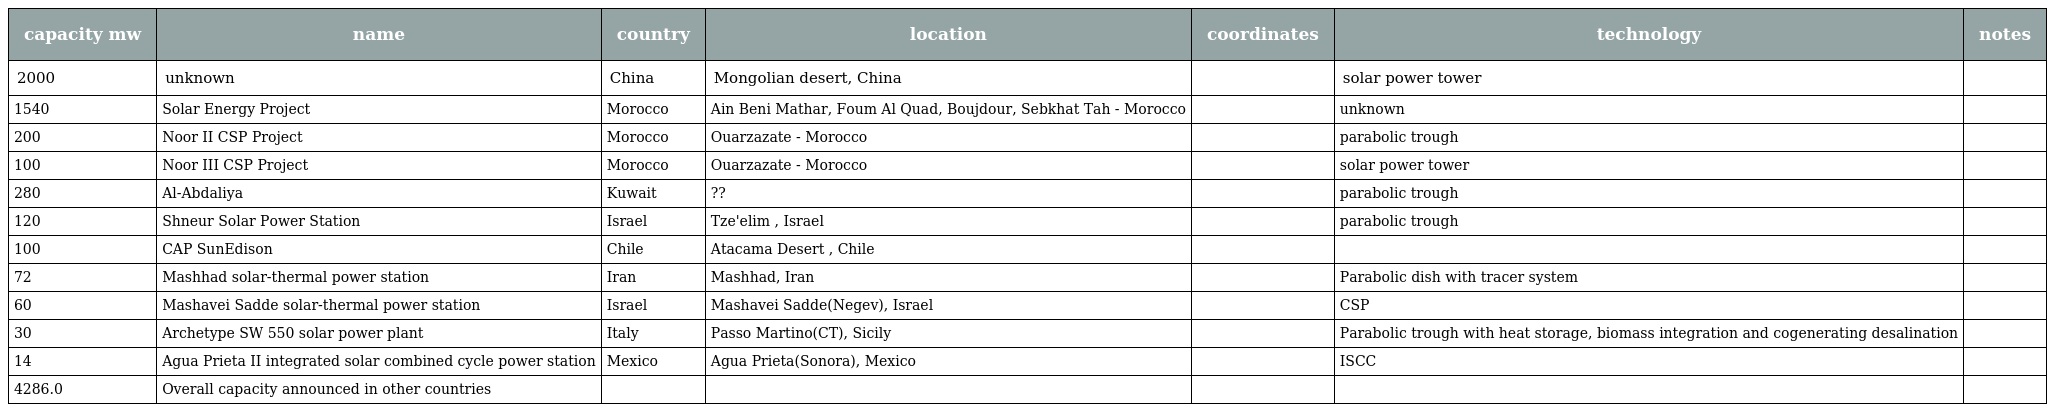
| capacity mw | name | country | location | coordinates | technology | notes |
 | --- | --- | --- | --- | --- | --- | --- |
 | 2000 | unknown | China | Mongolian desert, China |  | solar power tower |  |
 | 1540 | Solar Energy Project | Morocco | Ain Beni Mathar, Foum Al Quad, Boujdour, Sebkhat Tah - Morocco |  | unknown |  |
 | 200 | Noor II CSP Project | Morocco | Ouarzazate - Morocco |  | parabolic trough |  |
 | 100 | Noor III CSP Project | Morocco | Ouarzazate - Morocco |  | solar power tower |  |
 | 280 | Al-Abdaliya | Kuwait | ?? |  | parabolic trough |  |
 | 120 | Shneur Solar Power Station | Israel | Tze'elim , Israel |  | parabolic trough |  |
 | 100 | CAP SunEdison | Chile | Atacama Desert , Chile |  |  |  |
 | 72 | Mashhad solar-thermal power station | Iran | Mashhad, Iran |  | Parabolic dish with tracer system |  |
 | 60 | Mashavei Sadde solar-thermal power station | Israel | Mashavei Sadde(Negev), Israel |  | CSP |  |
 | 30 | Archetype SW 550 solar power plant | Italy | Passo Martino(CT), Sicily |  | Parabolic trough with heat storage, biomass integration and cogenerating desalination |  |
 | 14 | Agua Prieta II integrated solar combined cycle power station | Mexico | Agua Prieta(Sonora), Mexico |  | ISCC |  |
 | 4286.0 | Overall capacity announced in other countries |  |  |  |  |  |